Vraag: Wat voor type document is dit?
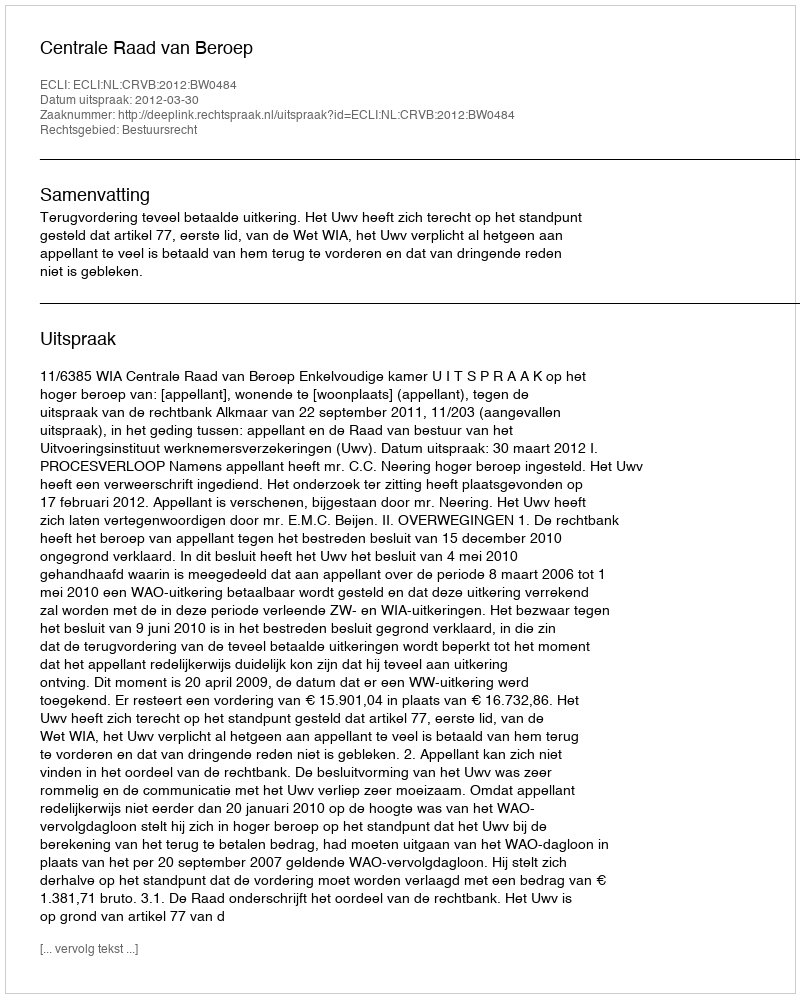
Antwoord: Uitspraak